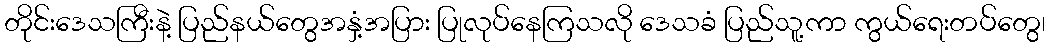
တိုင်းဒေသကြီးနဲ့ ပြည်နယ်တွေအနှံ့အပြား ပြုလုပ်နေကြသလို ဒေသခံ ပြည်သူ့ကာ ကွယ်ရေးတပ်တွေ၊